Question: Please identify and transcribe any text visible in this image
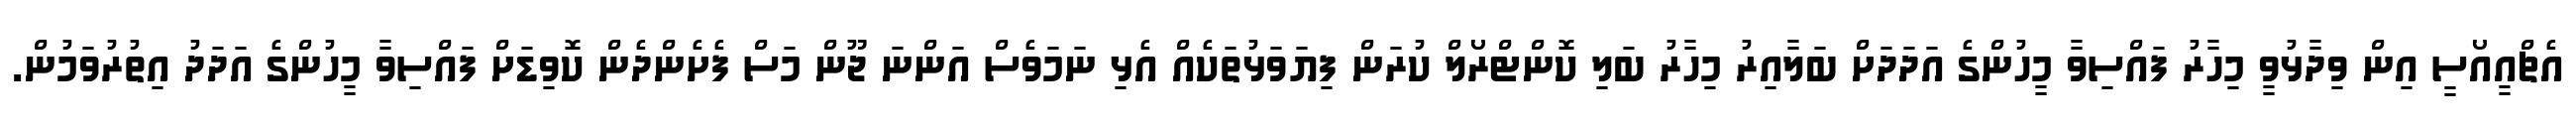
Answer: އެޗްއީއޯސީ އިން ވިދާޅުވީ މިހާރު ފައްސިވާ މީހުންގެ އަދަދަށް ބަލާއިރު މިހާރު ބަލި ކޮންޓްރޯލް ކުރަން ފިޔަވަޅުތަކެއް އެޅި ނަމަވެސް އަންނަ ޖޫން މަސް ފެށެންދެން ކޮވިޑަށް ފައްސިވާ މީހުންގެ އަދަދު އިތުރުވަމުން.